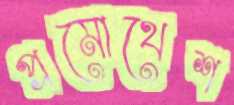
প্রমোথেশ